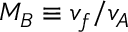
M _ { B } \equiv v _ { f } / v _ { A }